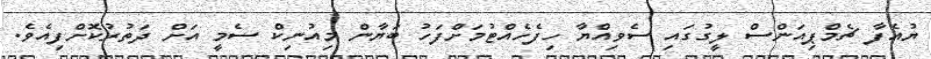
ޔުއެފާ ޗެމްޕިއަންސް ލީގުގައި ސެވިއްޔާ ހިފެހެއްޓުމަށްފަހު ބަޔާން މިއުނިކް ސެމީ އަށް ދަތުރުކޮށްފިއެވެ.